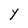
Character: Y